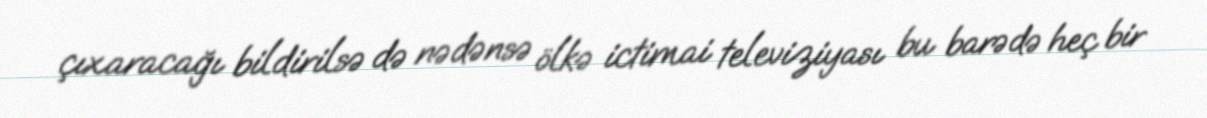
çıxaracağı bildirilsə də nədənsə ölkə ictimai televiziyası bu barədə heç bir